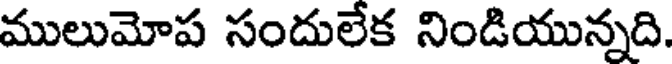
ములుమోప సందులేక నిండియున్నది.